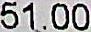
51.00